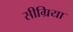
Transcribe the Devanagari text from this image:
सीग्रिया